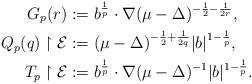
LaTeX: \begin{align*}G_p(r)&:=b^{\frac{1}{p}} \cdot \nabla (\mu -\Delta )^{-\frac{1}{2}-\frac{1}{2r}}, \\Q_p(q) \upharpoonright {\mathcal E}&:=(\mu -\Delta )^{-\frac{1}{2}+\frac{1}{2q}}|b|^{1-\frac{1}{p}}, \\T_p \upharpoonright {\mathcal E}&:=b^{\frac{1}{p}}\cdot \nabla(\mu - \Delta)^{-1}|b|^{1-\frac{1}{p}}.\end{align*}